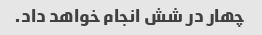
چهار در شش انجام خواهد داد.